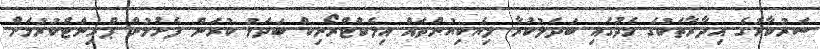
ސަރުކާރުގެ އިދާރާތަކުގެ މެދުގައި ބަދަލުކުރާ ލިޔެކިޔުންތައް އިލެކްޓްރޯނިކް ބަދަލު ކުރަން ފެށުމުން ޕްރިންޓްކުރުމަށް